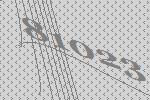
81023